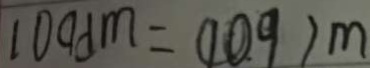
1 0 9 d m = ( 1 0 . 9 ) m